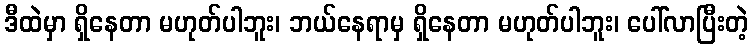
ဒီထဲမှာ ရှိနေတာ မဟုတ်ပါဘူး၊ ဘယ်နေရာမှ ရှိနေတာ မဟုတ်ပါဘူး၊ ပေါ်လာပြီးတဲ့